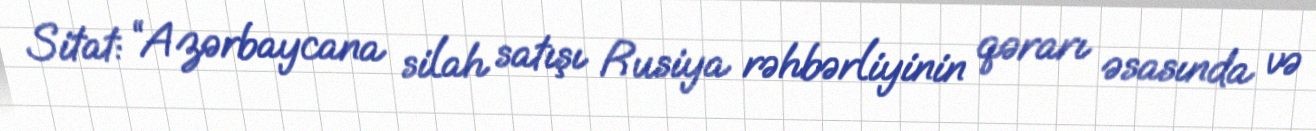
Sitat: “Azərbaycana silah satışı Rusiya rəhbərliyinin qərarı əsasında və